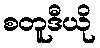
စတူဒီယို